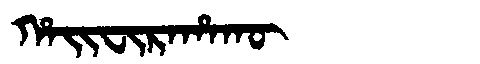
Manchu: ᡥᠠᡳᠸᡳᡵᠠᡥᠠᡴᡡ
Romanization: HAIFIRAHAKŪ